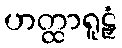
ဟတ္ထာရူဠှံ